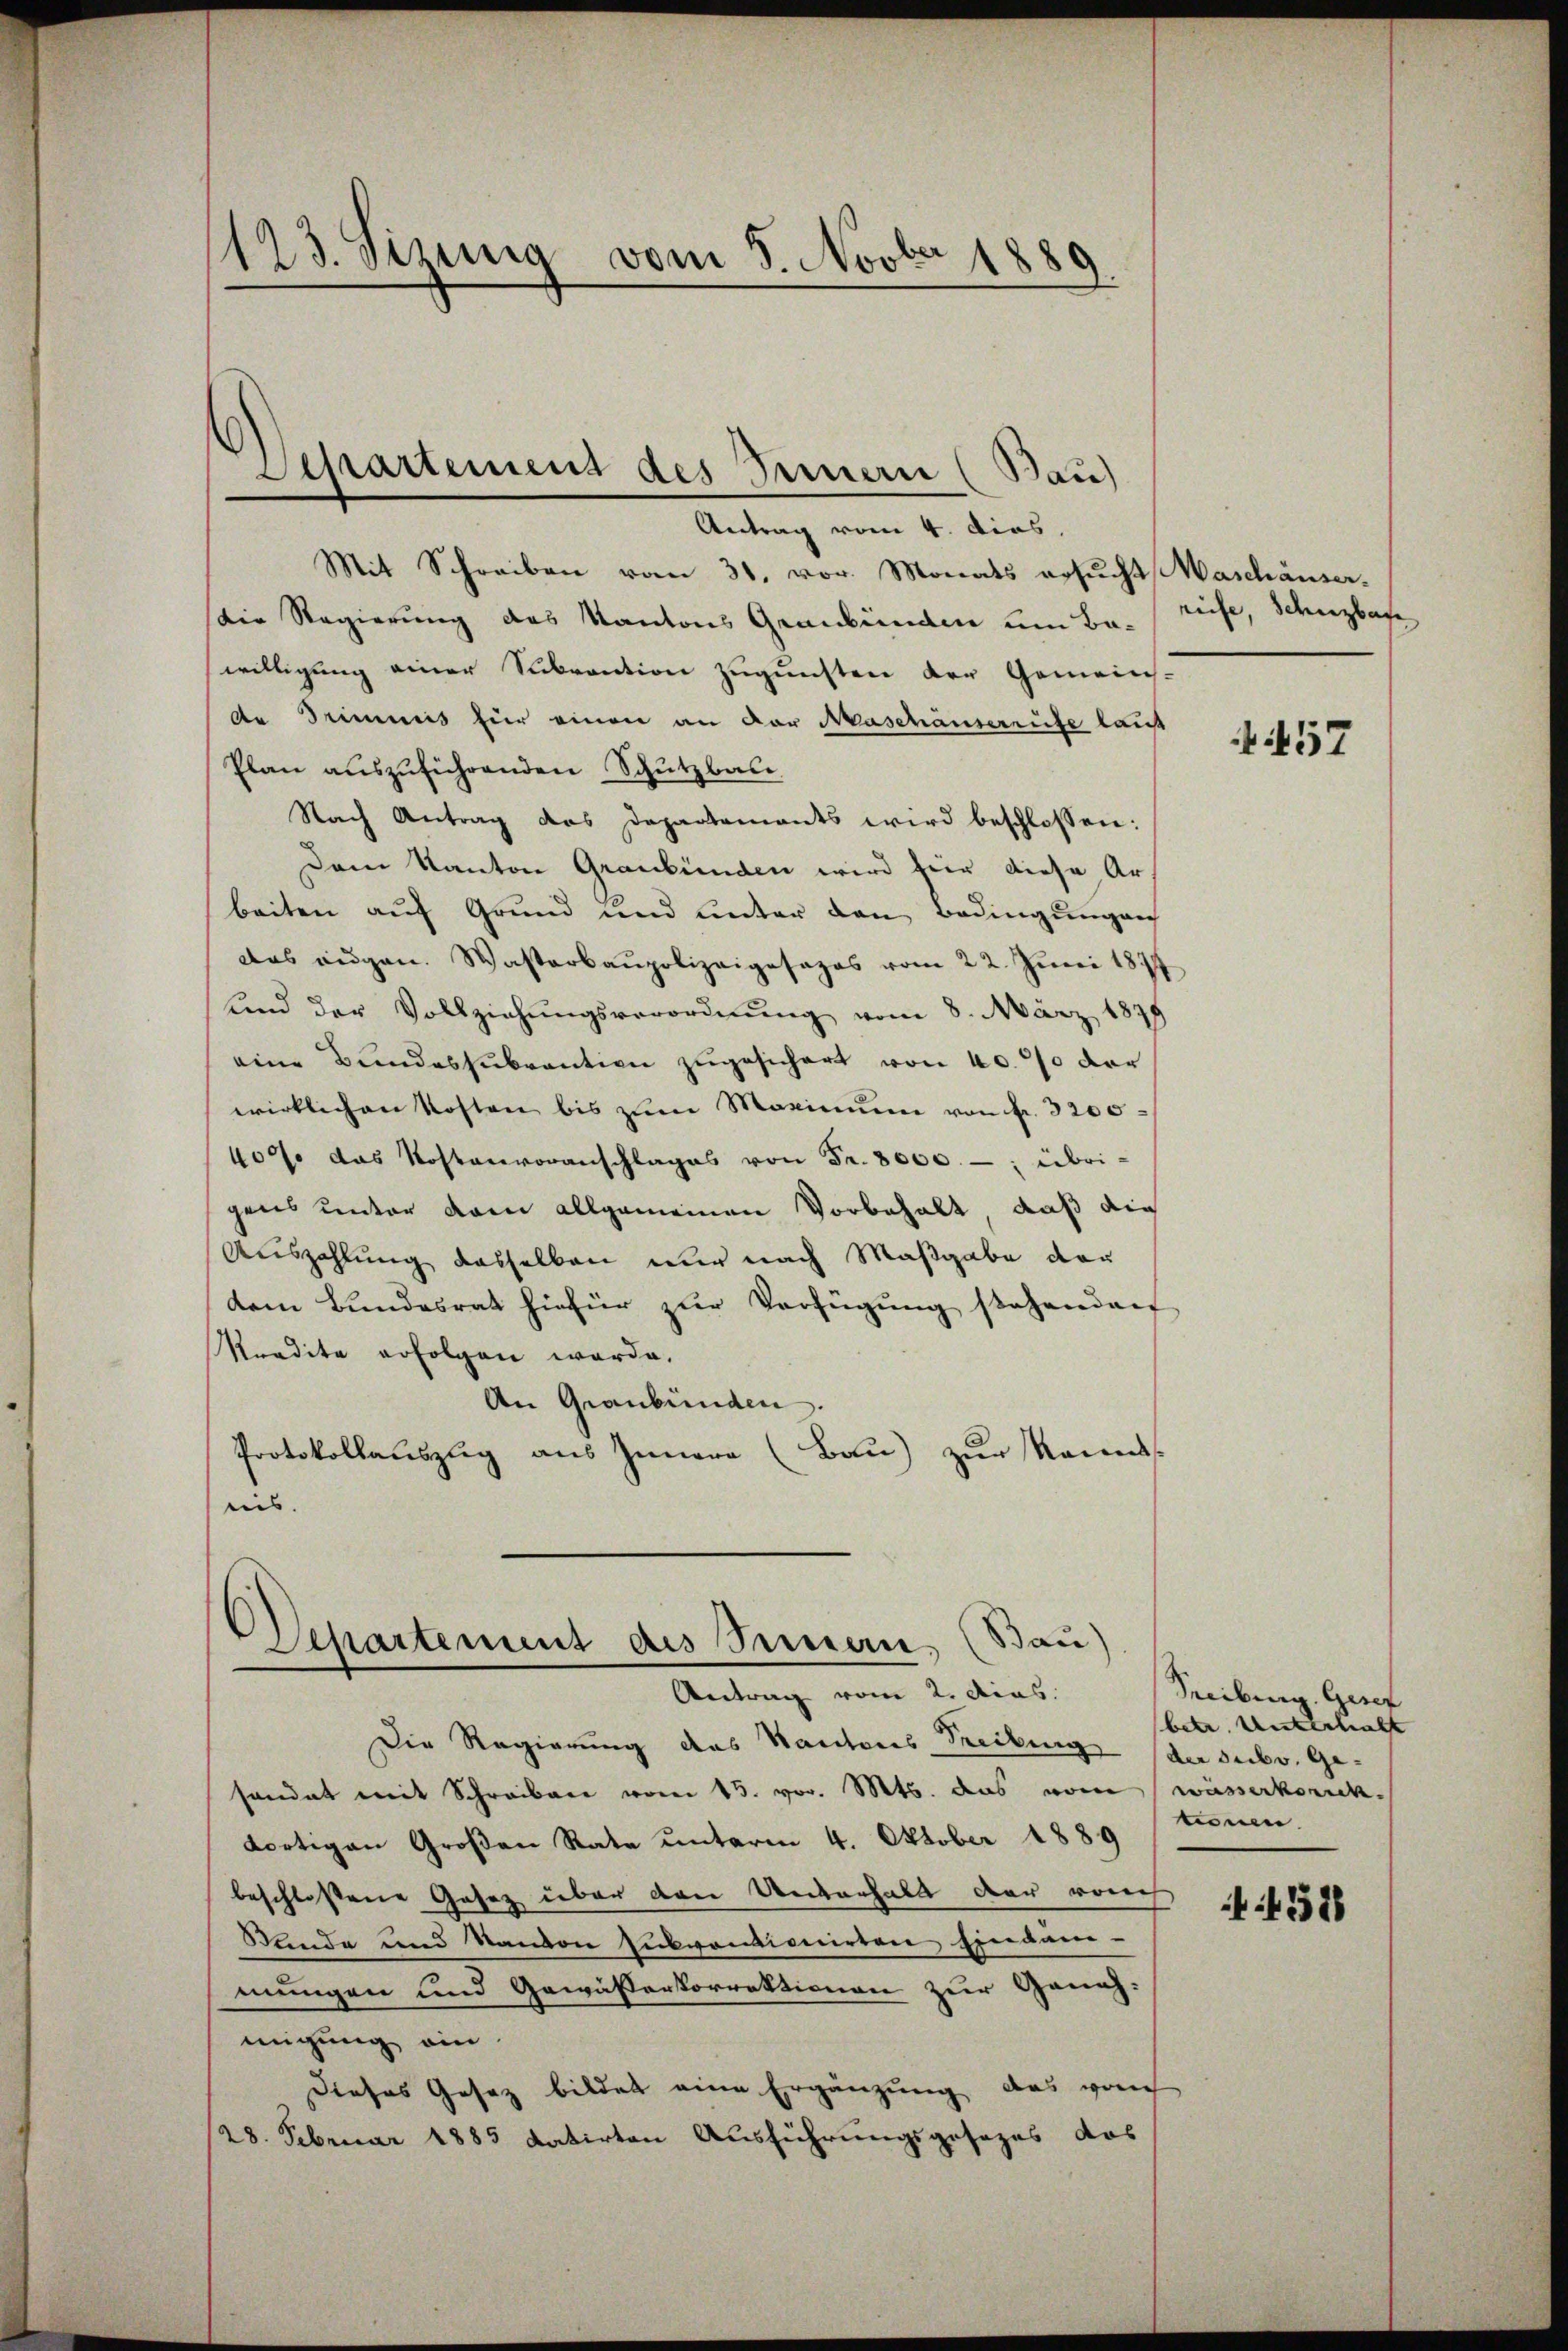
1123. Sizinig vom 8. Novbr 1889

Mit Schreiben vom 31. vor. Monats ersucht Maschäuser-
Der Regierung des Kantons Graubünden um Ba-
willigung einer Subvention zugunsten der Gemeins-
de Trimmis fur einen an der Maschauserrite lauf
Plan auszuführenden Schutzbau
Nach Antrag das Departements wird beschlossen:
Dem Kanton Graubünden wird für diese Ar
beiten auf Grund und unter den Bedingungen
das augen. Wasterbaupolizeigesezes vom 22. Juni 184
lnd der Vollziehungsverordnung vom 8. März 1879
eine Bundessubvention zugesichert von 40% der
wirklichen Kosten bis zum Maximum von Fr. 3200
400 das Kostenvoranschlages von Fr. 8000.-, übri-
gens unter dem allgemeinen Vorbehalt, daß die
Auszahlung dasselben nur nach Maßgabe der
dem Bundesrat hiefür zŭr Verfügung stehenden
Kradita erfolgen werde.
An Graubünden.
Protokollauszug aus Innern (Bau) zur Kannss
eins

Departement des Fernern (Bau)
Antrag vom 4. dies

)
Separtement des Bernern (Bau)
Antrag vom 2. Mias.

Die Regierung des Kantons Treibung der sub. Gehandet mit Schreiben vom 15. vor. Mts. das vom wässerkonckdortigen Großen Rate unterm 4. Oktober 1889
beschlossene Gesetz über den Unterhalt der ronch
Stande und Sandon subventionirten Eindam-
mungen und Gewässerkorrektionen zur Geneh-
migung ein.
Dieses Gesez bildet eine Ergänzung, das von
28. Februar 1885 datirten Ausführungsgesezes das

riefe, Schnzbache

57

Treiburg. Geset
betr. Unterhalt
wen.

N 518